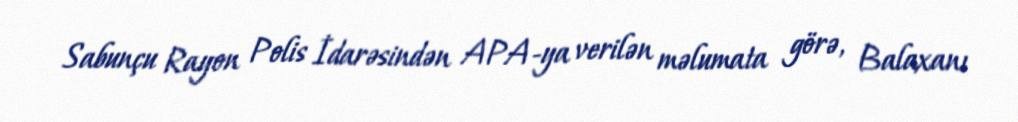
Sabunçu Rayon Polis İdarəsindən APA-ya verilən məlumata görə, Balaxanı